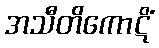
အသီတိကောဋိံ